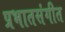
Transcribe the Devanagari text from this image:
प्रभातसंगीत